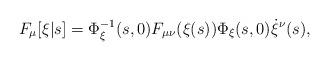
LaTeX: \begin{align*}F_\mu[\xi|s] = \Phi_\xi^{-1}(s,0) F_{\mu\nu}(\xi(s)) \Phi_\xi(s,0) \dot{\xi}^\nu(s),\end{align*}